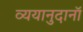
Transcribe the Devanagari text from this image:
व्ययानुदानॉ